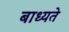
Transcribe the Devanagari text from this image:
बाध्यते